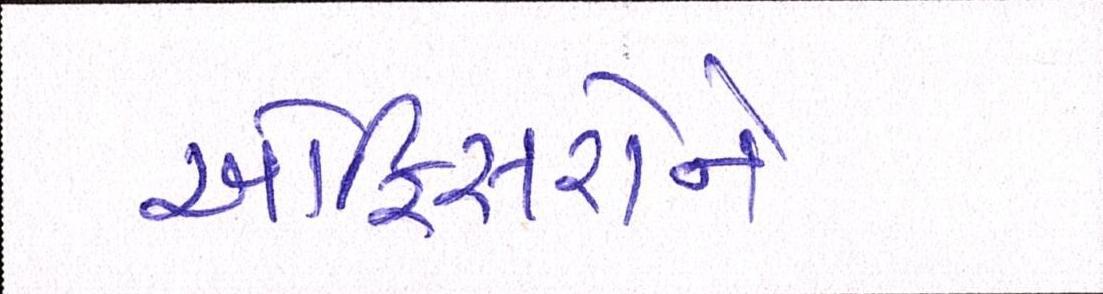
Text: ઓફિસરોને